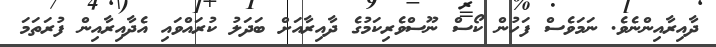
ދާއިރާއިންނެވެ. ނަމަވެސް ފަހުން ކޯސް ނޫސްވެރިކަމުގެ ދާއިރާއަށް ބަދަލު ކުރައްވައި އެެދާއިރާއިން ފުރަތަމަ